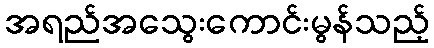
အရည်အသွေးကောင်းမွန်သည့်